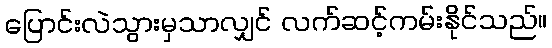
ပြောင်းလဲသွားမှသာလျှင် လက်ဆင့်ကမ်းနိုင်သည်။